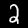
Digit: 2